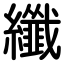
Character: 纖